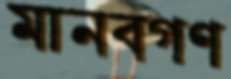
মানবগণ